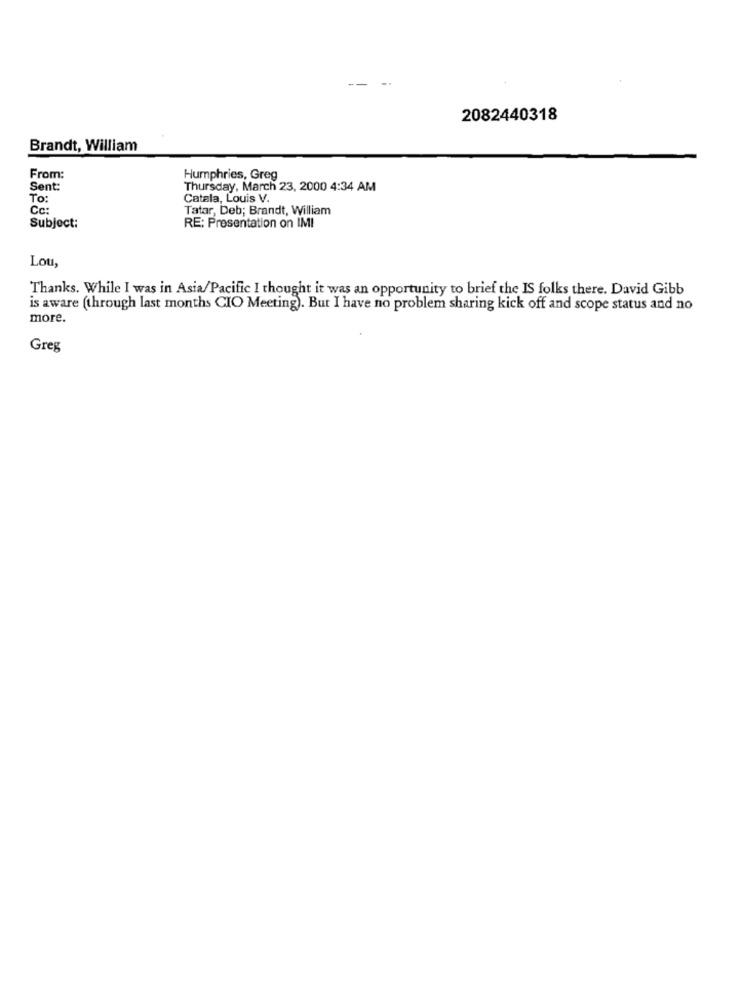
2082440318
Brandt, William
From:
Humphries, Greg
Sent:
Thursday, March 23, 2000 4:34 AM
To:
Catala, Louis V.
Cc:
Tatar, Deb; Brandt, William
Subject:
RE: Presentation on IMI
Lou,
Thanks. While I was in Asia/Pacific I thought it was an opportunity to brief the IS folks there. David Gibb
is aware (through last months CIO Meeting). But I have no problem sharing kick off and scope status and no
more.
Greg